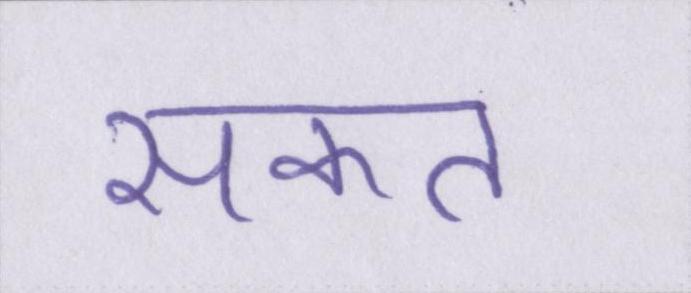
सकत